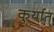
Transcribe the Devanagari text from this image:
कुर्यात्‌